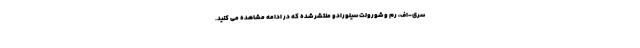
سری-اف، رم و شورولت سیلورادو منتشر شده که در ادامه مشاهده می کنید.